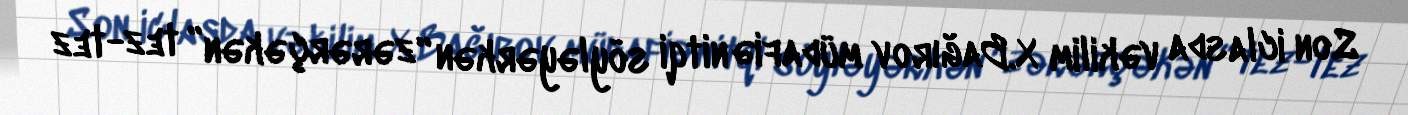
Son iclasda vəkilim X.Bağırov müdafiə nitqi söyləyərkən “zərərçəkən” tez-tez